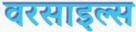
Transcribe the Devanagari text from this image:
वरसाइल्स